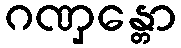
ဂဏှန္တော